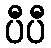
ပီပီ